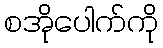
စအိုပေါက်ကို